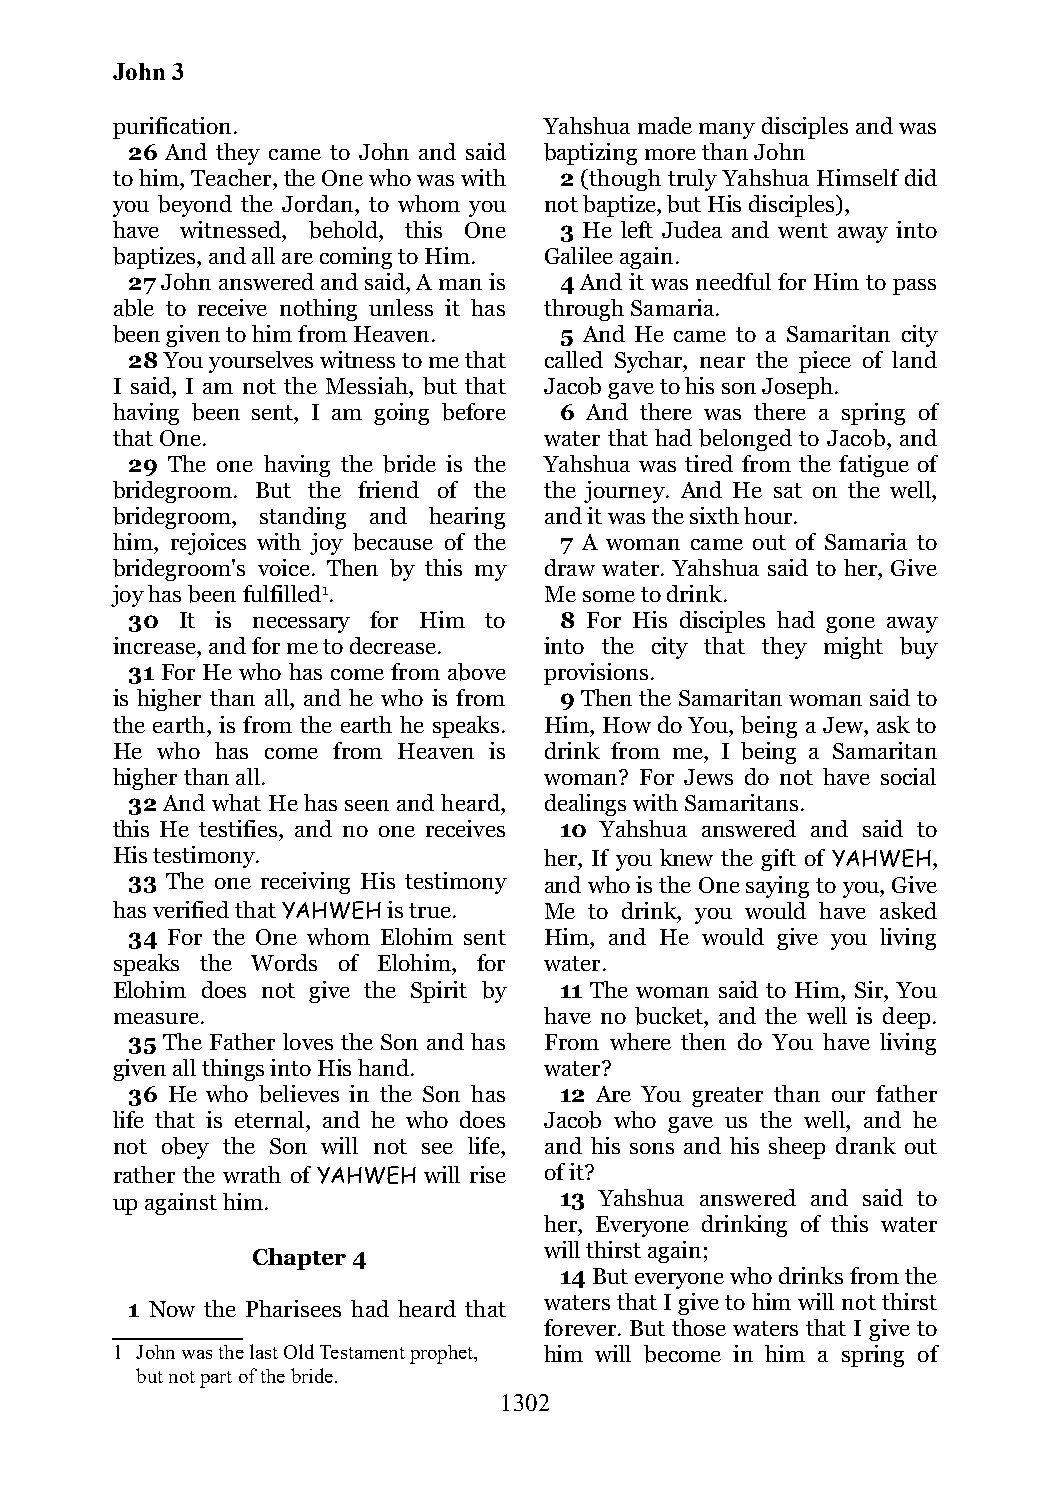
John 3
 purification.                Yahshua made many disciples and was
 26 And they came to John and said baptizing more than John
 to him, Teacher, the One who was with 2 (though truly Yahshua Himself did
 you beyond the Jordan, to whom you not baptize, but His disciples),
 have witnessed, behold, this One 3 He left Judea and went away into
 baptizes, and all are coming to Him. Galilee again.
 27 John answered and said, A man is 4 And it was needful for Him to pass
 able to receive nothing unless it has through Samaria.
 been given to him from Heaven. 5 And He came to a Samaritan city
 28 You yourselves witness to me that called Sychar, near the piece of land
 I said, I am not the Messiah, but that Jacob gave to his son Joseph.
 having been sent, I am going before 6 And there was there a spring of
 that One.                    water that had belonged to Jacob, and
 29 The one having the bride is the Yahshua was tired from the fatigue of
 bridegroom. But the friend of the the journey. And He sat on the well,
 bridegroom, standing and hearing and it was the sixth hour.
 him, rejoices with joy because of the 7 A woman came out of Samaria to
 bridegroom's voice. Then by this my draw water. Yahshua said to her, Give
 joy has been fulfilled1.     Me some to drink.
 30  It is necessary for Him to 8 For His disciples had gone away
 increase, and for me to decrease. into the city that they might buy
 31 For He who has come from above provisions.
 is higher than all, and he who is from 9 Then the Samaritan woman said to
 the earth, is from the earth he speaks. Him, How do You, being a Jew, ask to
 He who has come from Heaven is drink from me, I being a Samaritan
 higher than all.             woman? For Jews do not have social
 32 And what He has seen and heard, dealings with Samaritans.
 this He testifies, and no one receives 10 Yahshua answered and said to
 His testimony.               her, If you knew the gift of YAHWEH,
 33 The one receiving His testimony and who is the One saying to you, Give
 has verified that YAHWEH is true. Me to drink, you would have asked
 34 For the One whom Elohim sent Him, and He would give you living
 speaks the Words of Elohim, for water.
 Elohim does not give the Spirit by 11 The woman said to Him, Sir, You
 measure.                     have no bucket, and the well is deep.
 35 The Father loves the Son and has From where then do You have living
 given all things into His hand. water?
 36 He who believes in the Son has 12 Are You greater than our father
 life that is eternal, and he who does Jacob who gave us the well, and he
 not obey the Son will not see life, and his sons and his sheep drank out
 rather the wrath of YAHWEH will rise of it?
 up against him.               13 Yahshua answered and said to
 her, Everyone drinking of this water
 will thirst again;
 Chapter 4
 14 But everyone who drinks from the
 waters that I give to him will not thirst
 1 Now the Pharisees had heard that
 forever. But those waters that I give to
 1 John was the last Old Testament prophet, him will become in him a spring of
 but not part of the bride.
 1302